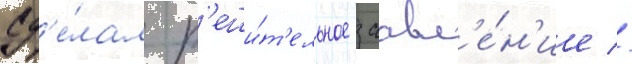
сд'е́лал р'еши́т'ельное заавл'е́н'ие //